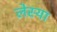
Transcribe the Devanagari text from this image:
लेस्या